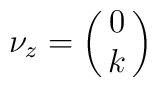
\nu_z = \pmatrix{0\cr k\cr}